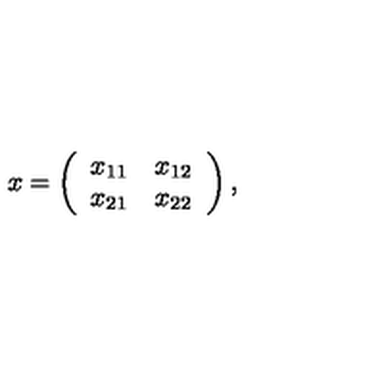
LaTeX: x = \left( \begin{array} { c c } { x _ { 1 1 } } & { x _ { 1 2 } } \\ { x _ { 2 1 } } & { x _ { 2 2 } } \\ \end{array} \right) ,